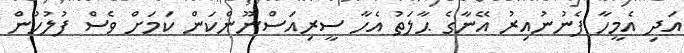
އަދި އެމީހާ ފެނުނުއިރު އޭނާގެ ޙާލަތު އެހާ ސީރިއަސްނޫންކަން ކަމަށް ވެސް ފުލުހުން